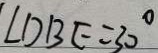
\angle D B E = 3 0 ^ { \circ }